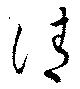
請